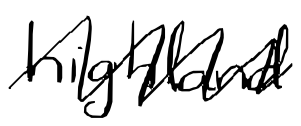
Text: highland
Cross-out: mix
Writing tool: digital_black